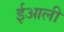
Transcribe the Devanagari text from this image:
ईआली